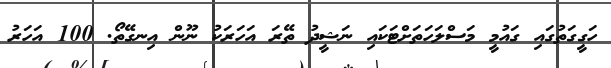
ހަގީގަތުގައި ގައުމީ މަސްލަހަތަށްޓަކައި ނަޝީދު ތޭރަ އަހަރަކު ނޫން އިނގޭތޯ. 100 އަހަރު